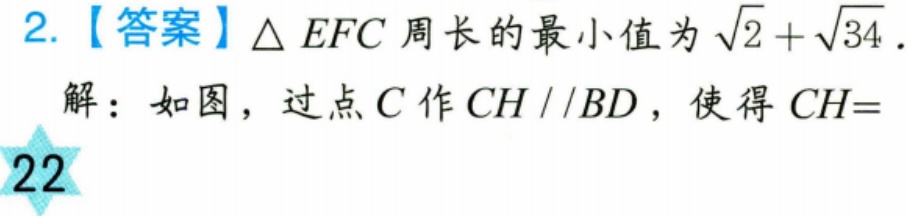
2.【答案】\(\triangle EFC\)周长的最小值为\(\sqrt{2}+\sqrt{34}\).
解：如图，过点\(C\)作\(CH\parallel BD\)，使得\(CH = \)
22